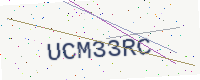
Text: UCM33RC